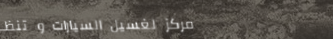
مركز لغسيل السيارات و تنظ